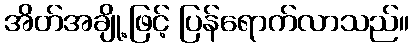
အိတ်အချို့ဖြင့် ပြန်ရောက်လာသည်။